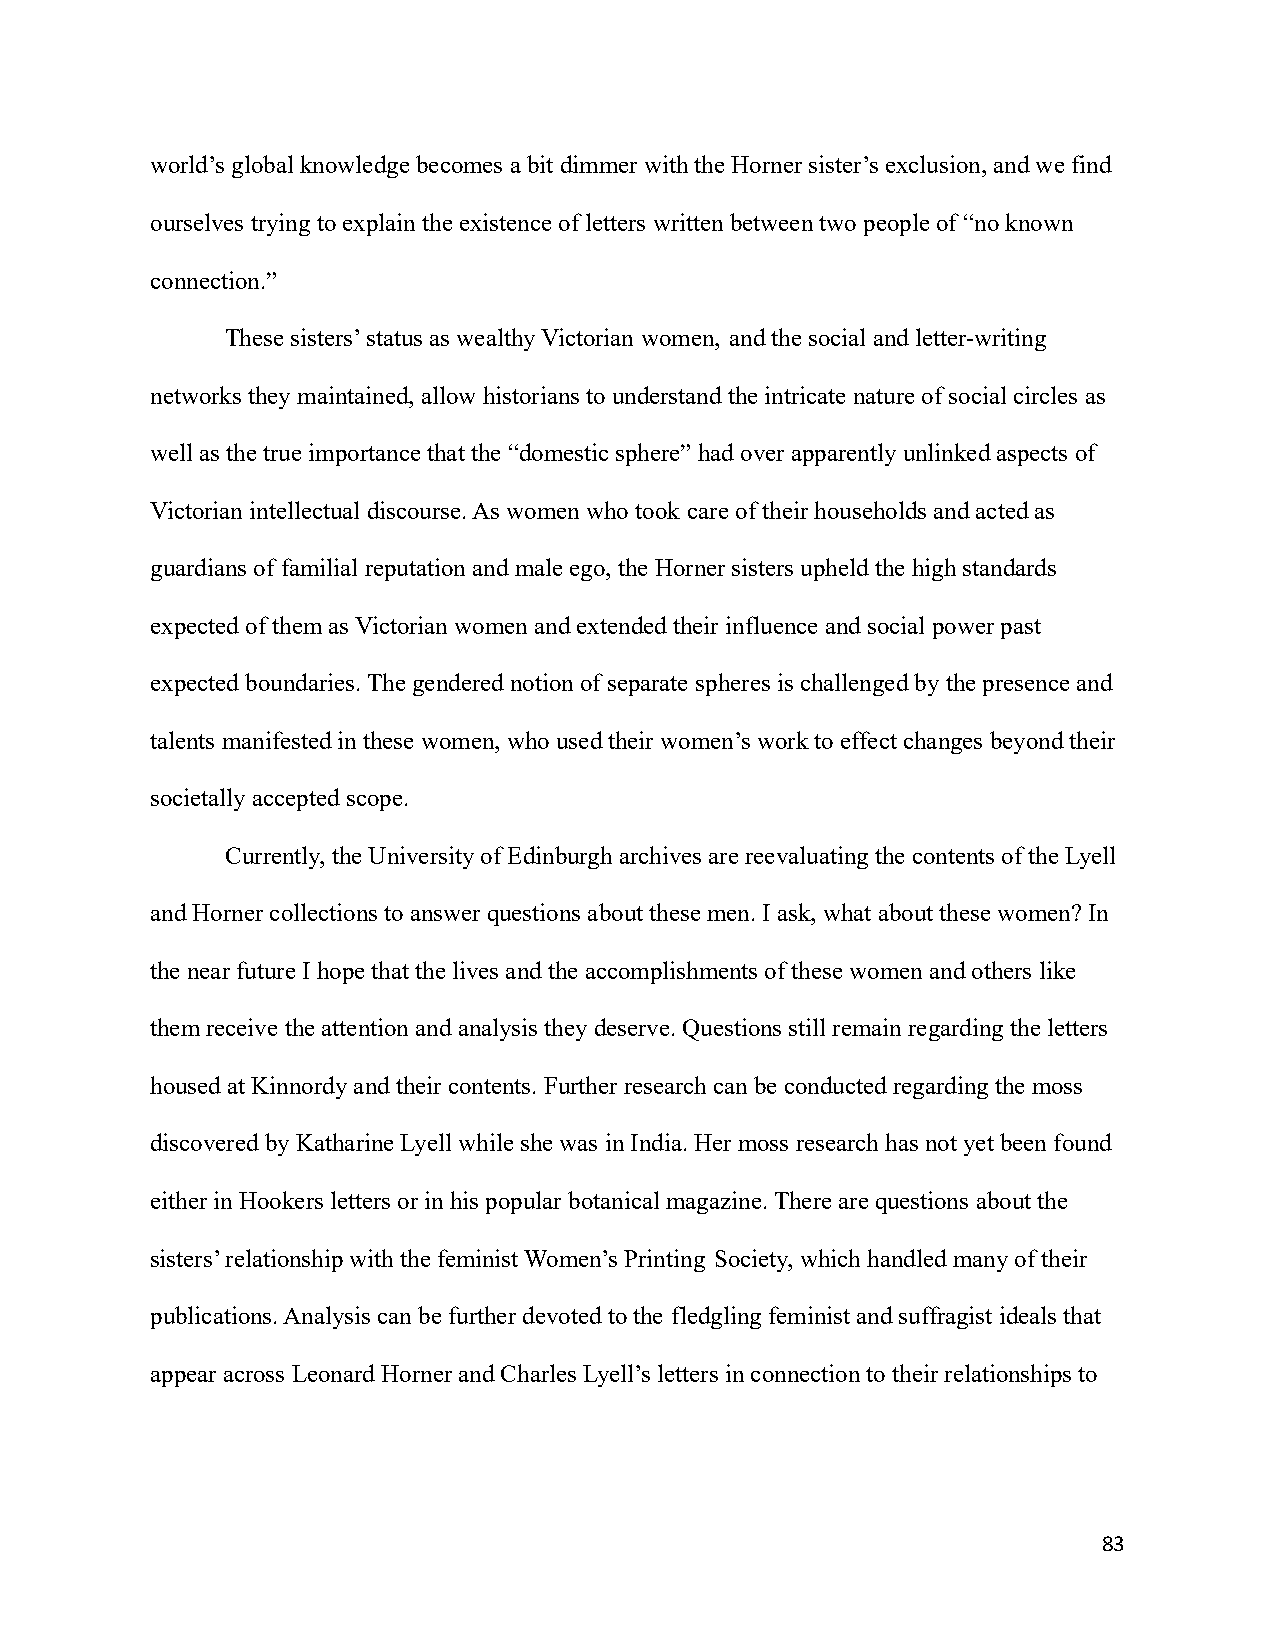
world’s global knowledge becomes a bit dimmer with the Horner sister’s exclusion, and we find
 ourselves trying to explain the existence of letters written between two people of “no known
 connection.”
 These sisters’ status as wealthy Victorian women, and the social and letter-writing
 networks they maintained, allow historians to understandthe intricate nature of social circles as
 well as the true importance that the “domestic sphere”had over apparently unlinked aspects of
 Victorian intellectual discourse. As women who took care of their households and acted as
 guardians of familial reputation and male ego, theHorner sisters upheld the high standards
 expected of them as Victorian women and extended their influence and social power past
 expected boundaries. The gendered notion of separate spheres is challenged by the presence and
 talents manifested in these women, who used theirwomen’s work to effect changes beyond their
 societally accepted scope.
 Currently, the University of Edinburgh archives arereevaluating the contents of the Lyell
 and Horner collections to answer questions about thesemen. I ask, what about these women? In
 the near future I hope that the lives and the accomplishmentsof these women and others like
 them receive the attention and analysis they deserve.Questions still remain regarding the letters
 housed at Kinnordy and their contents. Further researchcan be conducted regarding the moss
 discovered by Katharine Lyell while she was in India.Her moss research has not yet been found
 either in Hookers letters or in his popular botanicalmagazine. There are questions about the
 sisters’ relationship with the feminist Women’s Printing Society, which handled many of their
 publications. Analysis can be further devoted to the fledgling feminist and suffragist ideals that
 appear across Leonard Horner and Charles Lyell’s lettersin connection to their relationships to
 83